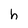
Character: h